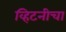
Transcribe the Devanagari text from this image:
व्हिटनीचा